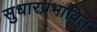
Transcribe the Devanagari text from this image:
सुधारप्रभावित